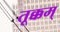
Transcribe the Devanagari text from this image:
तूक्कम्